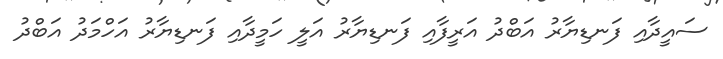
ސައީދާއި ފަނޑިޔާރު އަބްދު އަރީފާއި ފަނޑިޔާރު އަލީ ހަމީދާއި ފަނޑިޔާރު އަހްމަދު އަބްދު